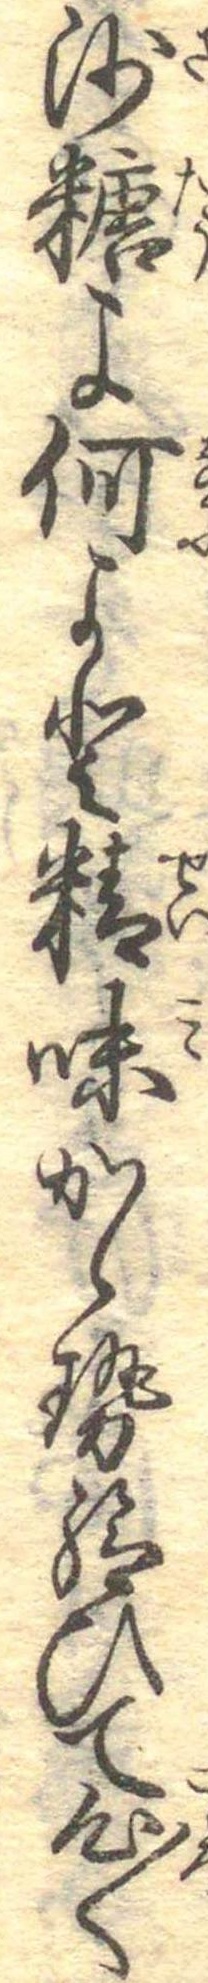
沙糖よ何よと精味からせ給ひて心〱